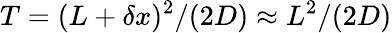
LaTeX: T=(L+\delta x)^{2}/(2D)\approx L^{2}/(2D)